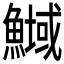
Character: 𲌽